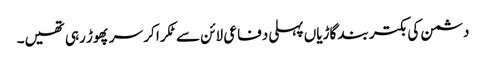
دشمن کی بکتر بند گاڑیاں پہلی دفاعی لائن سے ٹکرا کر سر پھوڑ رہی تھیں۔